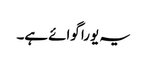
یہ یورا گوائے ہے۔